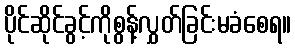
ပိုင်ဆိုင်ခွင့်ကိုစွန့်လွှတ်ခြင်းမခံစေရ။